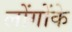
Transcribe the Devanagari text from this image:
लोंगोंके